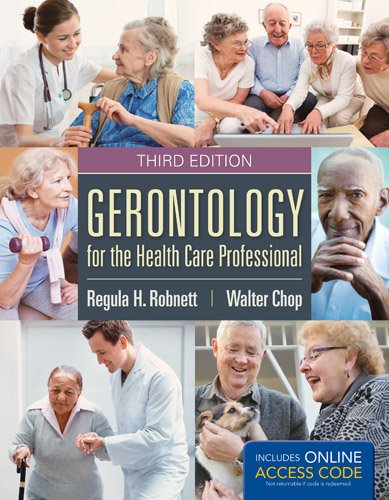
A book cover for Gerontology For The Health Care Professional; Regula H. Robnett; Self-Help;